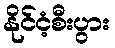
နိုင်ငံ့စီးပွား